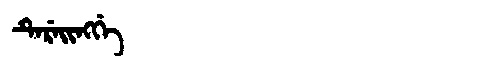
Manchu: ᡨᡝᡵᡝᡳᠩᡤᡝ
Romanization: TEREINGGE